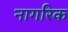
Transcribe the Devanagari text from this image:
नागरिक